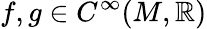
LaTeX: f,g\in C^{\infty}(M,\mathbb{R})